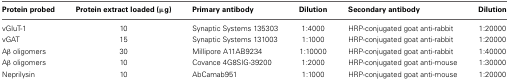
<table><thead><tr><td><b>Protein probed</b></td><td><b>Protein extract loaded (μg)</b></td><td><b>Primary antibody</b></td><td><b>Dilution</b></td><td><b>Secondary antibody</b></td><td><b>Dilution</b></td></tr></thead><tbody><tr><td>vGluT-1</td><td>10</td><td>Synaptic Systems 135303</td><td>1:4000</td><td>HRP-conjugated goat anti-rabbit</td><td>1:20000</td></tr><tr><td>vGAT</td><td>15</td><td>Synaptic Systems 131003</td><td>1:1000</td><td>HRP-conjugated goat anti-rabbit</td><td>1:20000</td></tr><tr><td>Aβ oligomers</td><td>30</td><td>Millipore A11 AB9234</td><td>1:10000</td><td>HRP-conjugated goat anti-rabbit</td><td>1:40000</td></tr><tr><td>Aβ oligomers</td><td>10</td><td>Covance 4G8 SIG-39200</td><td>1:2000</td><td>HRP-conjugated goat anti-mouse</td><td>1:30000</td></tr><tr><td>Neprilysin</td><td>10</td><td>AbCam ab951</td><td>1:1000</td><td>HRP-conjugated goat anti-mouse</td><td>1:20000</td></tr></tbody></table>